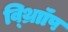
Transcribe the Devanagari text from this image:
व्थ्राॉिंप